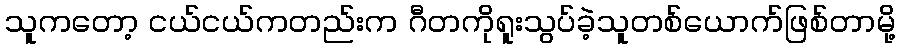
သူကတော့ ငယ်ငယ်ကတည်းက ဂီတကိုရူးသွပ်ခဲ့သူတစ်ယောက်ဖြစ်တာမို့